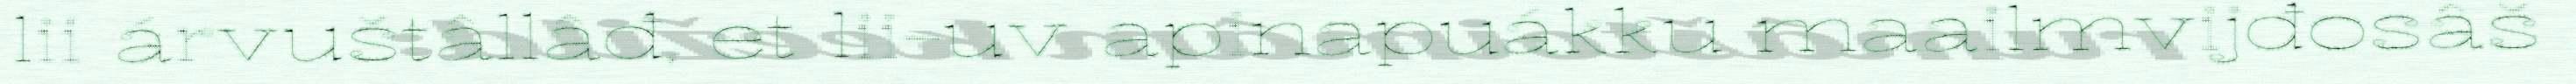
lii árvuštâllâđ, et lii-uv apinapuákku maailmvijđosâš